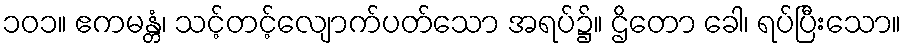
၁၀၁။ ဧကမန္တံ၊ သင့်တင့်လျောက်ပတ်သော အရပ်၌။ ဌိတော ခေါ၊ ရပ်ပြီးသော။